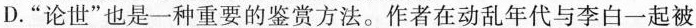
D.”论世”也是一种重要的鉴赏方法。作者在动乱年代与李白一起被